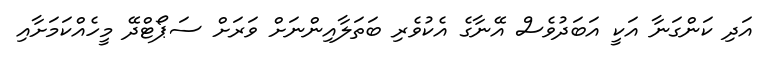
އަދި ކަންގަނާ އަކީ އަބަދުވެސް އޭނާގެ އެކުވެރި ބަތަލާއިންނަށް ވަރަށް ސަޕޯޓްދޭ މީހެއްކަމަށާއި